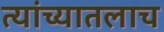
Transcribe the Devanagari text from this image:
त्यांच्यातलाच